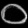
Digit: ၀